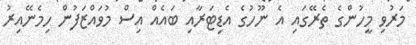
މަރުވި މީހުންގެ ތެރޭގައި އެ ނޫހުގެ އެޑިޓަރާއި ބައެއް އިސް މުވައްޒަފުން ހިމެނޭއިރު